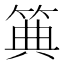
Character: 𥮏